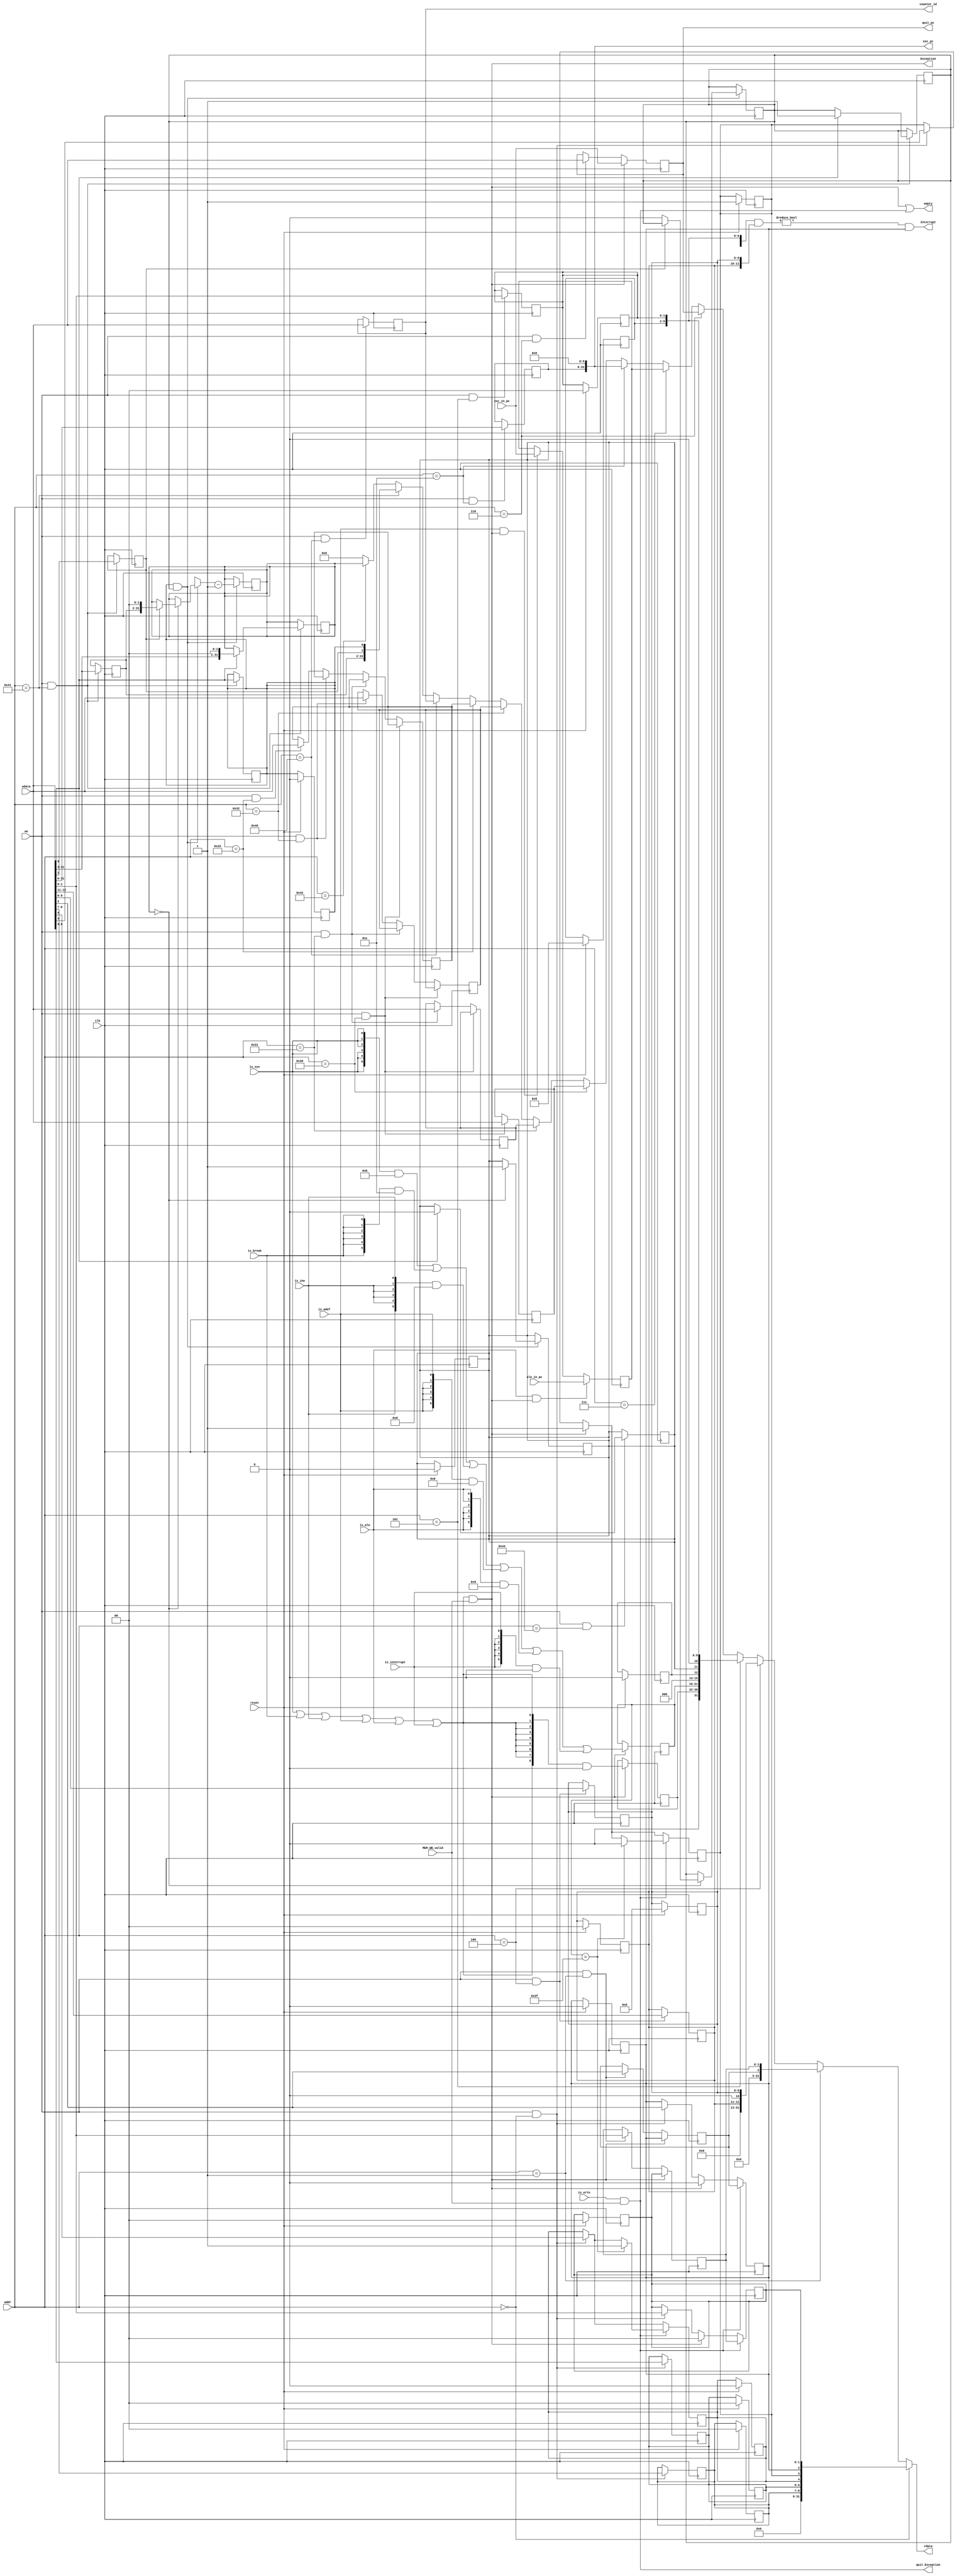
module csr(
    input           clk,
    input           reset,

    input  [13:0]   addr,
    output reg [31:0]   rdata,

    input           we,
    input  [31:0]   wdata,

    output [31:0]   counter_id,

    input           MEM_WB_valid,
    input           is_sys,
    input           is_break,
    input           is_ine,
    input           is_adef,
    input           is_ale,
    input           is_interrupt,
    input           is_ertn,
    input  [31:0]   exc_in_pc,
    input  [31:0]   ale_in_pc,

    output          Exception,
    output [31:0]   exc_pc,

    output          quit_Exception,
    output [31:0]   quit_pc,
    
    output  wire    Interrupt,

    output  wire    empty
    );

//0x0   
wire [31:0] CRMD;
reg   [1:0] CRMD_PLV;
reg         CRMD_IE;
reg         CRMD_DA;
reg         CRMD_PG;
reg   [1:0] CRMD_DATF;
reg   [1:0] CRMD_DATM;
wire [22:0] CRMD_0;

//0x1   
wire [31:0] PRMD;
reg   [1:0] PRMD_PPLV;
reg         PRMD_PLE;
wire [28:0] PRMD_0;

//0x4   
wire [31:0] ECFG;
reg   [9:0] ECFG_LIE_1;
wire        ECFG_0_1;
reg   [1:0] ECFG_LIE_2;
wire [18:0] ECFG_0_2;

//0x5   
wire [31:0] ESTAT;
reg   [1:0] ESTAT_IS_1;
reg   [7:0] ESTAT_IS_2;
wire        ESTAT_0_0;
reg         ESTAT_IS_3;
reg         ESTAT_IS_4;
wire  [2:0] ESTAT_0_1;
reg   [5:0] ESTAT_Ecode;
reg   [8:0] ESTAT_EsubCode;
wire        ESTAT_0_2;

//0x6   
wire [31:0] ERA;
reg  [31:0] ERA_PC;

//0x7   
wire [31:0] BADV;
reg  [31:0] BADV_VAddr;

//0xc   
wire [31:0] EENTRY;
wire  [5:0] EENTRY_0;
reg  [25:0] EENTRY_VA;

//0x30-33   
wire [31:0] SEVE0;
wire [31:0] SEVE1;
wire [31:0] SEVE2;
wire [31:0] SEVE3;
reg  [31:0] SEVE0_Data;
reg  [31:0] SEVE1_Data;
reg  [31:0] SEVE2_Data;
reg  [31:0] SEVE3_Data;

//0x40  
wire [31:0] TID;
reg  [31:0] TID_TID;

//0x41  
wire [31:0] TCFG;
reg         TCFG_En;
reg         TCFG_Periodic;
reg  [29:0] TCFG_InitVal;

//0x42  
wire [31:0] TVAL;
reg  [31:0] TVAL_TimeVal;

//0x44 
wire [31:0] TICLR;
reg         TICLR_CLR;
wire [30:0] TICLR_0;

wire [11:0] int_vec;

assign int_vec   = {ESTAT_IS_4,ESTAT_IS_3,ESTAT_IS_2,ESTAT_IS_1} & {ECFG_LIE_2,ECFG_LIE_1};
assign Interrupt = (int_vec != 12'h000) & {CRMD_IE};


assign Exception = (is_sys | is_break | is_ine | is_adef | is_ale | is_interrupt) & MEM_WB_valid;
assign quit_Exception = is_ertn & MEM_WB_valid;
assign empty = Exception | quit_Exception;

always @(posedge clk) begin
    if(reset) begin
        {CRMD_DATM , CRMD_DATF , CRMD_PG , CRMD_DA , CRMD_IE , CRMD_PLV} <= 9'h008;
        {ECFG_LIE_2 , ECFG_LIE_1} <= 12'h000;
        {ESTAT_IS_4 , ESTAT_IS_3 , ESTAT_IS_2 , ESTAT_IS_1} <= 11'h000;
        TCFG_En = 1'b0;
    end
end

//0x0
assign CRMD = {
    CRMD_0,
    CRMD_DATM,
    CRMD_DATF,
    CRMD_PG,
    CRMD_DA,
    CRMD_IE,
    CRMD_PLV
};
assign CRMD_0 = 23'h000000;
always @(posedge clk) begin
    if (we && addr == 14'h0000) begin
        {CRMD_DATM , CRMD_DATF , CRMD_PG , CRMD_DA , CRMD_IE , CRMD_PLV} <= wdata[8:0];
    end
    if(Exception) begin
        CRMD_PLV <= 2'h0;
        CRMD_IE  <= 1'b0;
        CRMD_DA  <= 1'b1;
    end
    if(quit_Exception) begin
        CRMD_PLV <= PRMD_PPLV;
        CRMD_IE  <= PRMD_PLE;
        if(ESTAT_Ecode == 6'h3f) begin
            CRMD_DA <= 1'b0;
            CRMD_PG <= 1'b1;
        end
    end
end

//0x1
assign PRMD = {
    PRMD_0,
    PRMD_PLE,
    PRMD_PPLV
};
assign PRMD_0 = 29'h0000_0000;
always @(posedge clk) begin
    if (we && addr == 14'h0001) begin
        {PRMD_PLE , PRMD_PPLV} <= wdata[2:0];
    end
    if(Exception) begin
        PRMD_PPLV <= CRMD_PLV;
        PRMD_PLE  <= CRMD_IE;
    end
end

//0x4
assign ECFG = {
    ECFG_0_2,
    ECFG_LIE_2,
    ECFG_0_1,
    ECFG_LIE_1
};
assign ECFG_0_1 = 1'b0;
assign ECFG_0_2 = 19'h00000;
always @(posedge clk) begin
    if(we && addr == 14'h0004) begin
        {ECFG_LIE_2 , ECFG_LIE_1} <= {wdata[12:11] , wdata[9:0]};
    end
end

//0x5
assign ESTAT = {
    ESTAT_0_2,
    ESTAT_EsubCode,
    ESTAT_Ecode,
    ESTAT_0_1,
    ESTAT_IS_4,
    ESTAT_IS_3,
    ESTAT_0_0,
    ESTAT_IS_2,
    ESTAT_IS_1
};
assign ESTAT_0_0 = 1'b0;
assign ESTAT_0_1 = 3'h0;
assign ESTAT_0_2 = 1'b0;
always @(posedge clk) begin
    if(we && addr == 14'h0005) begin
        {ESTAT_IS_1} <= {wdata[1:0]};
    end
    if(Exception) begin
        ESTAT_Ecode <= {{6{is_sys}} & 6'h0b} | {{6{is_break}} & 6'h0c} | {{6{is_ine}} & 6'h0d} | {{6{is_adef}} & 6'h08} 
                        | {{6{is_ale}} & 6'h09} | {{6{is_interrupt}} & 6'h00};
        ESTAT_EsubCode <= {{9{is_sys | is_break | is_ine | is_adef | is_ale | is_interrupt}} & 9'h000};
    end
end

//0x6
assign ERA = {
    ERA_PC
};
always @(posedge clk) begin
    if (we && addr == 14'h0006) begin
        {ERA_PC} <= wdata;
    end
    if(Exception) begin
        ERA_PC <= exc_in_pc;
    end
end

//0x7
assign BADV = {
    BADV_VAddr
};
always @(posedge clk) begin
    if(we && addr == 14'h0007) begin
        {BADV_VAddr} <= wdata;
    end
    if (is_adef & Exception) begin
        BADV_VAddr = exc_in_pc;
    end
    if(is_ale & Exception) begin
        BADV_VAddr = ale_in_pc;
    end
end

//0xc
assign EENTRY = {
    EENTRY_VA,
    EENTRY_0
};
assign EENTRY_0 = 6'h00;
always @(posedge clk) begin
    if (we && addr == 14'h000c) begin
        EENTRY_VA <= wdata[31:6];
    end
end

//0x30-33
assign SEVE0 = SEVE0_Data;
assign SEVE1 = SEVE1_Data;
assign SEVE2 = SEVE2_Data;
assign SEVE3 = SEVE3_Data;
always @(posedge clk) begin
    if (we && addr == 14'h0030) begin
        SEVE0_Data <= wdata;
    end
    else if (we && addr == 14'h0031) begin
        SEVE1_Data <= wdata;
    end
    else if (we && addr == 14'h0032) begin
        SEVE2_Data <= wdata;
    end
    else if (we && addr == 14'h0033) begin
        SEVE3_Data <= wdata;
    end
end

//0x40
assign TID = {
    TID_TID
};
always @(posedge clk) begin
    if (we && addr == 14'h0040) begin
        TID_TID <= wdata;
    end
end

reg        can_sub;
//0x41
assign TCFG = {
    TCFG_InitVal,//
    TCFG_Periodic,
    TCFG_En
};
always @(posedge clk) begin
    if(we && addr == 14'h0041) begin
        {TCFG_InitVal , TCFG_Periodic , TCFG_En} = wdata;
        if(TCFG_En) begin
            TVAL_TimeVal = {TCFG_InitVal , 2'b00};
            can_sub = 1'b1;
        end
    end
end


//0x42
assign TVAL = {
    TVAL_TimeVal
};
always @(posedge clk) begin
    if(TCFG_En & can_sub) begin
        if(TVAL_TimeVal == 0) begin
            ESTAT_IS_3 = 1'b1;
            if(TCFG_Periodic) TVAL_TimeVal = {TCFG_InitVal , 2'b00};
            else can_sub = 1'b0;
        end
        TVAL_TimeVal = TVAL_TimeVal - 1;
    end
end

//0x44
assign TICLR = {
    TICLR_0,
    TICLR_CLR
};
assign TICLR_0 = 31'h0000_0000;
always @(posedge clk) begin
    if (we && addr == 14'h0044) begin
        TICLR_CLR <= wdata[0];
        if(wdata[0] == 1) ESTAT_IS_3 = 1'b0;
    end
end



always @(addr , CRMD , PRMD , ECFG , ESTAT , ERA , BADV , EENTRY , 
               SEVE0 , SEVE1 , SEVE2 , SEVE3 , TID , TCFG , TVAL , TICLR) begin
    if(addr == 14'h0000) rdata = CRMD;
    else if(addr == 14'h0001) rdata = PRMD;
    else if(addr == 14'h0004) rdata = ECFG;
    else if(addr == 14'h0005) rdata = ESTAT;
    else if(addr == 14'h0006) rdata = ERA;
    else if(addr == 14'h0007) rdata = BADV;
    else if(addr == 14'h000c) rdata = EENTRY;
    else if(addr == 14'h0030) rdata = SEVE0;
    else if(addr == 14'h0031) rdata = SEVE1;
    else if(addr == 14'h0032) rdata = SEVE2;
    else if(addr == 14'h0033) rdata = SEVE3;
    else if(addr == 14'h0040) rdata = TID;
    else if(addr == 14'h0041) rdata = TCFG;
    else if(addr == 14'h0042) rdata = TVAL;
    else if(addr == 14'h0044) rdata = 32'h0000_0000;
    else rdata = 32'h0000_0000;
end

assign quit_pc = ERA;
assign exc_pc = EENTRY;
assign counter_id = TID_TID;
endmodule